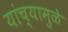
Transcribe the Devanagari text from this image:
यांच्‍यामुळे